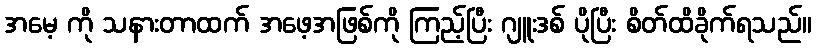
အမေ့ ကို သနားတာထက် အဖေ့အဖြစ်ကို ကြည့်ပြီး ဂျူးဒစ် ပိုပြီး စိတ်ထိခိုက်ရသည်။